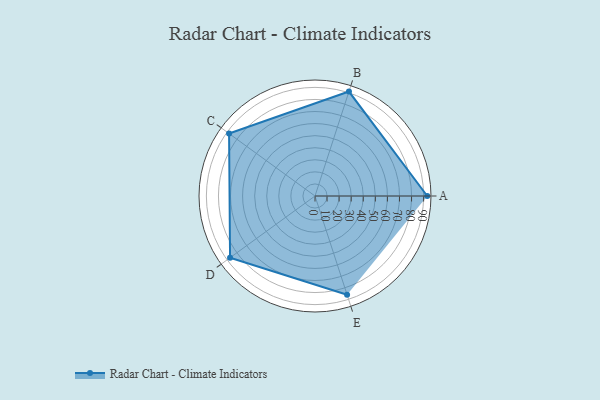
{"axis": {"x": "Skill", "y": "Score"}, "legend": ["Profile"], "data": [{"x": "A", "y": 93.0, "type": "Profile"}, {"x": "B", "y": 91.0, "type": "Profile"}, {"x": "C", "y": 88.0, "type": "Profile"}, {"x": "D", "y": 87.0, "type": "Profile"}, {"x": "E", "y": 86.0, "type": "Profile"}]}